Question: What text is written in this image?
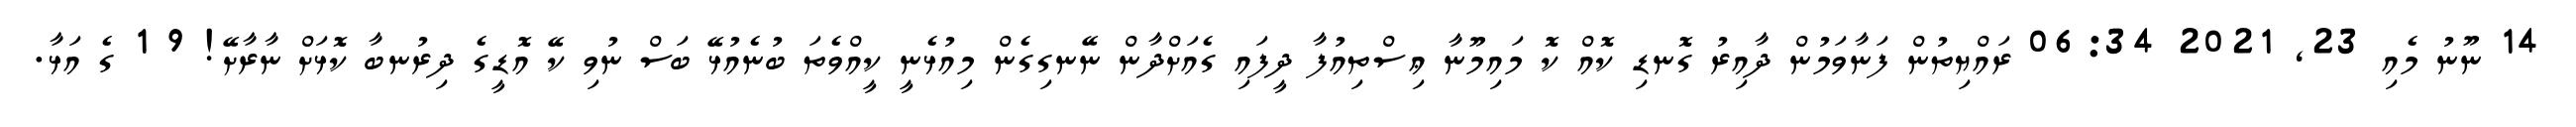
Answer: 14 ނޫނު މެއި 23, 2021 06:34 ރައްޔިތުން ފަނާވަމުން ދާއިރު ގޮނޑި ކޮއް ކޮ މައިމޫނާ ޢިސްތިއުފާ ދީފައި ގެއަށްދާން ނޭނގިގެން މިއުޅެނީ ކީއްވެތަ ބުނެއުޅޭ ބަސް ނުވި ކޭ އޮޑީގެ ދިރުނބާ ކޮޅަށް ނާރާށޭ! 9 1 ގެ އަޅާ.